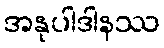
အနုပါဒါနဿ